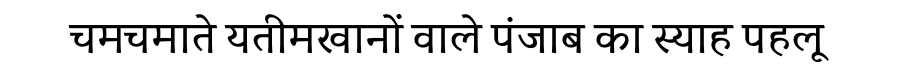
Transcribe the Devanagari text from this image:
चमचमाते यतीमखानों वाले पंजाब का स्याह पहलू